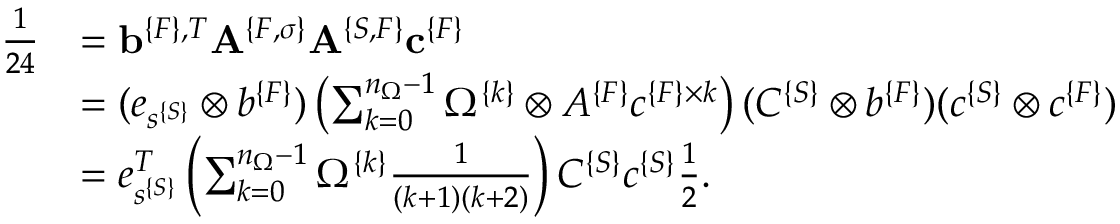
\begin{array} { r l } { \frac { 1 } { 2 4 } } & { = { \bf b } ^ { \{ F \} , T } { \bf A } ^ { \{ F , \sigma \} } { \bf A } ^ { \{ S , F \} } { \bf c } ^ { \{ F \} } } \\ & { = ( e _ { s ^ { \{ S \} } } \otimes b ^ { \{ F \} } ) \left( \sum _ { k = 0 } ^ { n _ { \Omega } - 1 } \Omega ^ { \{ k \} } \otimes A ^ { \{ F \} } c ^ { \{ F \} \times k } \right) ( C ^ { \{ S \} } \otimes b ^ { \{ F \} } ) ( c ^ { \{ S \} } \otimes c ^ { \{ F \} } ) } \\ & { = e _ { s ^ { \{ S \} } } ^ { T } \left( \sum _ { k = 0 } ^ { n _ { \Omega } - 1 } \Omega ^ { \{ k \} } \frac { 1 } { ( k + 1 ) ( k + 2 ) } \right) C ^ { \{ S \} } c ^ { \{ S \} } \frac { 1 } { 2 } . } \end{array}